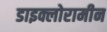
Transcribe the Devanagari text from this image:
डाइक्लोरामीन